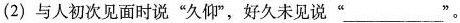
(2)与人初次见面时说”久仰”，好久未见说”___”。